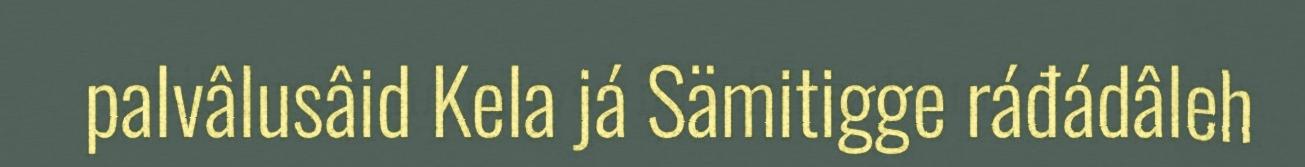
palvâlusâid Kela já Sämitigge ráđádâleh